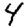
Digit: 4